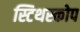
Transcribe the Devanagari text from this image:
स्टिथस्कोप